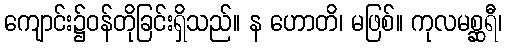
ကျောင်း၌ဝန်တိုခြင်းရှိသည်။ န ဟောတိ၊ မဖြစ်။ ကုလမစ္ဆရီ၊